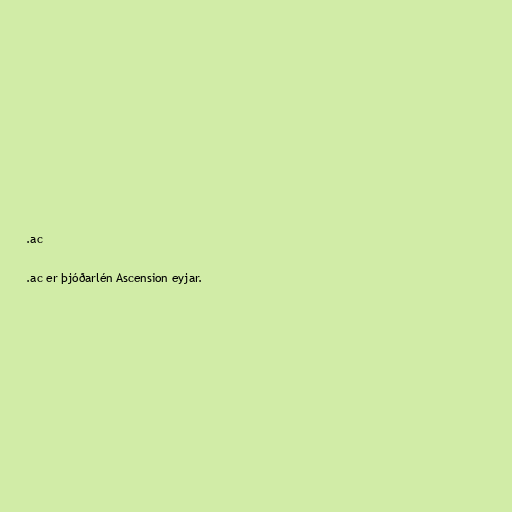
.ac

.ac er þjóðarlén Ascension eyjar.